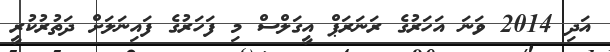
އަދި 2014 ވަނަ އަހަރުގެ ރަނަރަޕް އީގަލްސް މި ފަހަރުގެ ފައިނަލަށް ދަތުރުކުރީ